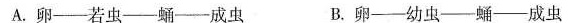
A.卵—若虫—蛹—成虫 B.卵—幼虫—蛹—成虫